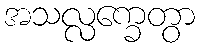
အသလ္လက္ခေတွာ